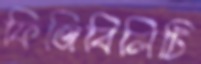
ফিজিবিলিটি